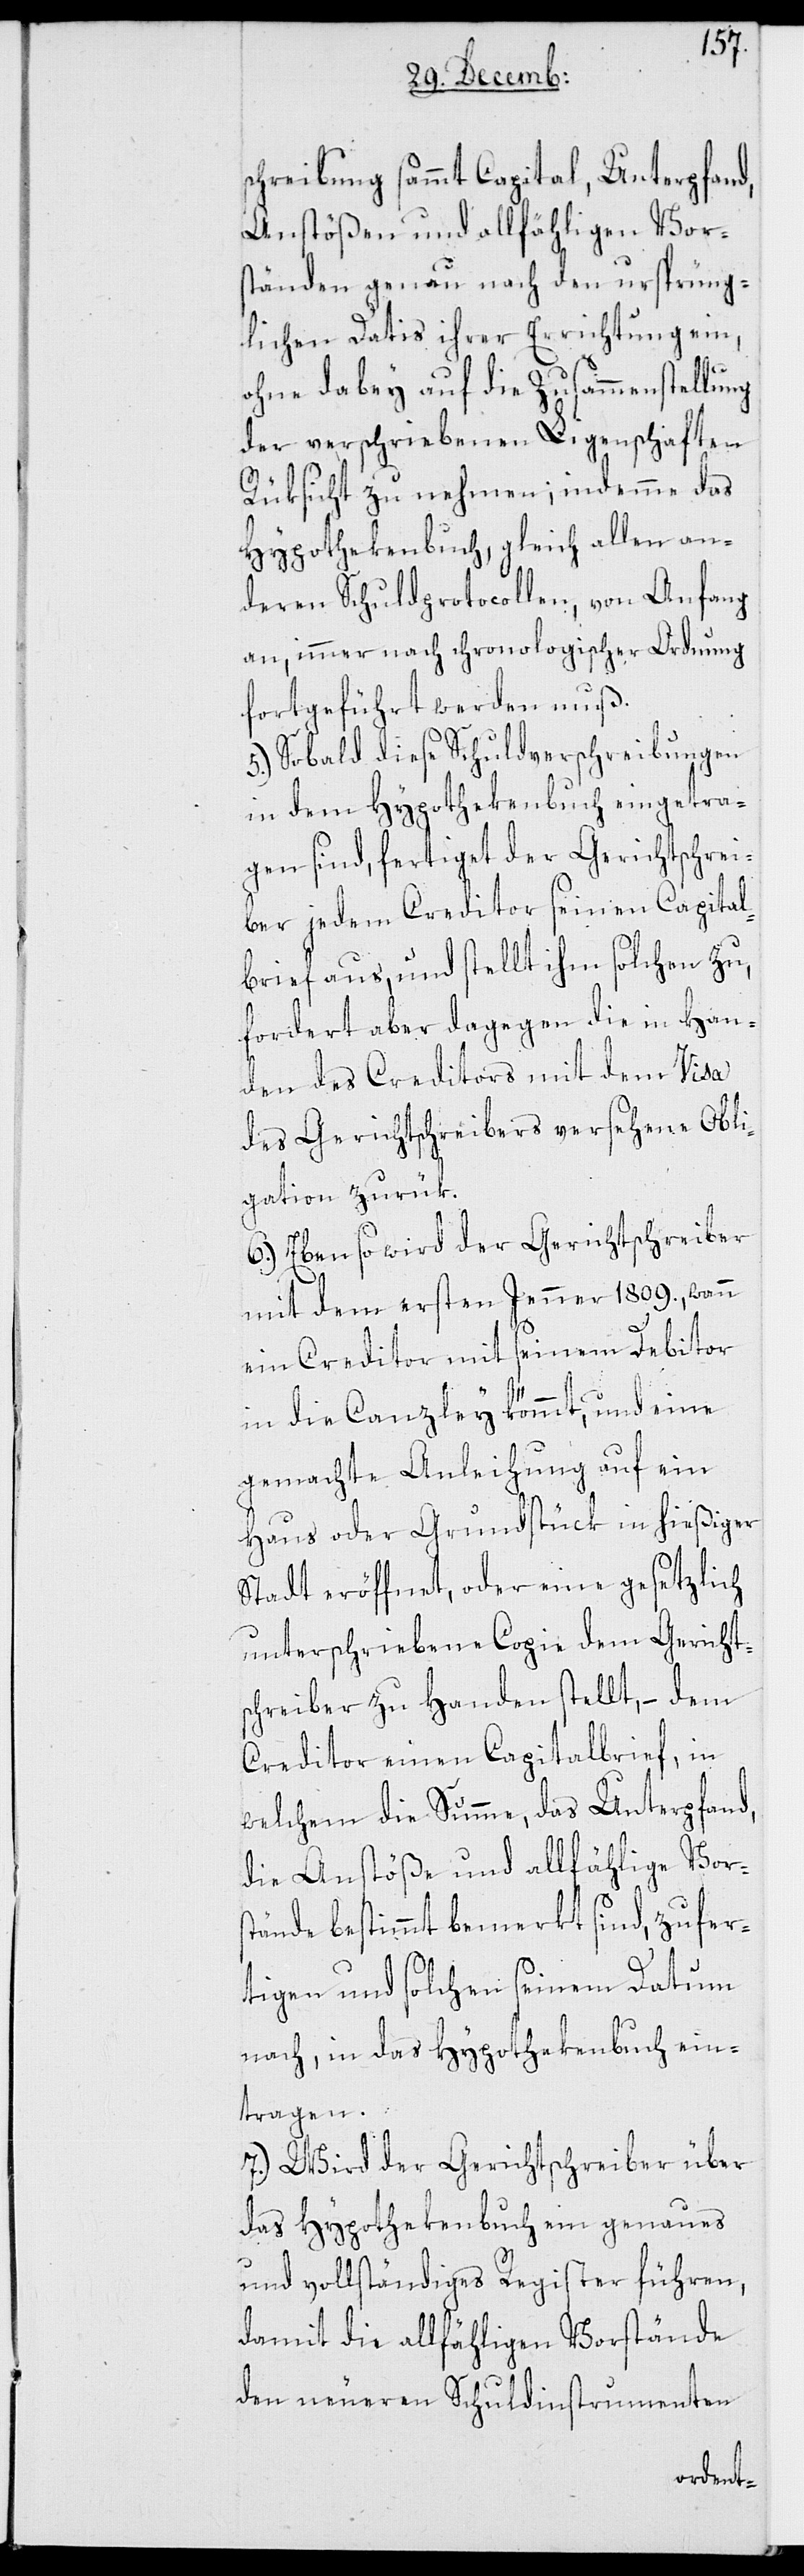
schreibung sammt Capital, Unterpfand,
Anstößen und allfählligen Vor¬
ständen genau nach den ursprüng¬
lichen Datis ihrer Errichtung ein,
ohne dabey auf die Zusammenstellung
der verschriebenen Liegenschaften
Rüksicht zu nehmen; indemme das
Hypothekenbuch, gleich allen an¬
deren Schuldprotocollen, von Anfang
an, immer nach chronologischer Ordnung
fortgeführt werden muß.
5.) Sobald dieße Schuldverschreibungen
in dem Hypothekenbuch eingetra¬
gen sind, fertiget der Gerichtschrei¬
ber jedem Creditor seinen Capital¬
brief aus, und stellt ihm solchen zu,
fordert aber dagegen die in Han¬
den des Creditors mit dem Visa
des Gerichtschreibers versehene Obli¬
gation zurük.
6.) Ebenso wird der Gerichtschreiber
mit dem ersten Jenner 1809., wann
ein Creditor mit seinem Debitor
in die Canzley kömmt, und eine
gemachte Anleihung auf ein
Haus oder Grundstück in hießiger
Stadt eröffnet, oder eine gesetzlich
unterschriebene Copie dem Gericht¬
schreiber zu Handen stellt, – dem
Creditor einen Capitalbrief, in
welchem die Summe, das Unterpfand,
die Anstöße und allfählige Vors¬
tände bestimmt bemerkt sind, zufer¬
tigen und solchen seinem Datum
nach, in das Hypothekenbuch ein¬
tragen.
7.) Wird der Gerichtschreiber über
das Hypothekenbuch ein genaues
und vollständiges Register führen,
damit die allfähligen Vorstände
den neueren Schuldinstrumenten